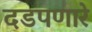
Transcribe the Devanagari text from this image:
दडपणारे